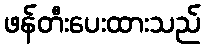
ဖန်တီးပေးထားသည်